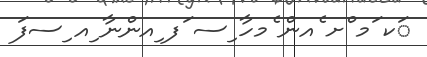
ަކ ަމ ްށ ެއން ެމހާ ިސ ަފ ިއންނާ ިއ ިސފަ